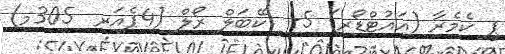
ޕީ ކެމެރާ (އައުޓްޑޯރ) 5-  ކޭބަލް ރޯލް (4ޕެއަރ  305މ)